Annual report of the Central Committee of the Association together with the report of the directors of the Pasteur Institute at Kasauli
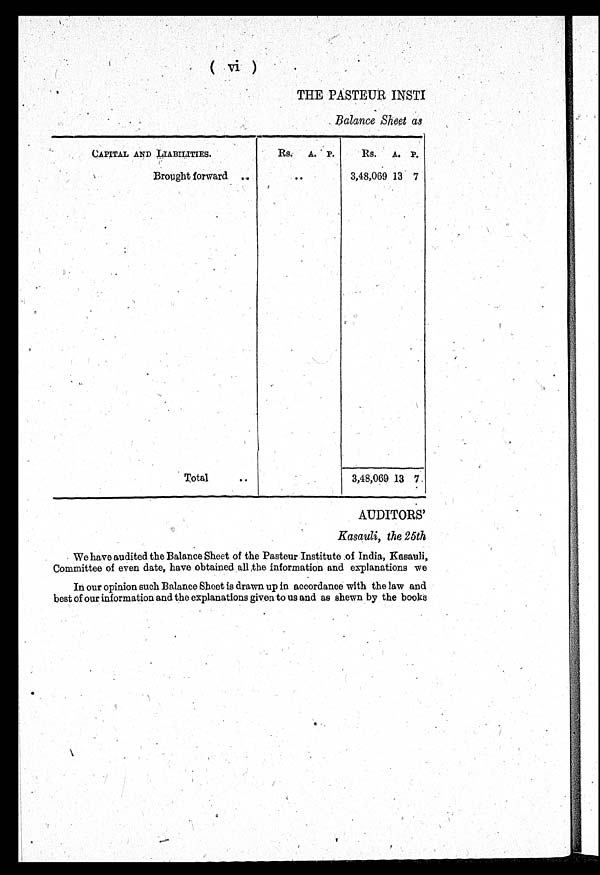
(vi)
THE PASTEUR INSTI
Balance Sheet as
CAPITAL AND LIABILITIES.
Rs. A. P.
Rs. A. P.
Brought forward
. .
. .
3,48,069 13 7
Total
. .
3,48,069 13 7
AUDITORS'
Kasauli, the 25th
We have audited the Balance Sheet of the Pasteur Institute of India, Kasauli,
Committee of even date, have obtained all ,the information and explanations we
In our opinion such Balance Sheet is drawn up in accordance with the law and
best of our information and the explanations given to us and as shewn by the books